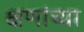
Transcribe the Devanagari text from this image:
क्षणांच्या